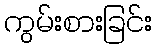
ကွမ်းစားခြင်း